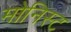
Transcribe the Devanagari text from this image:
मोनिस्ट